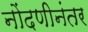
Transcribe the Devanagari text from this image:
नोंदणीनंतर